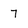
Character: 7